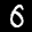
Label: 6